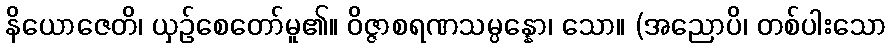
နိယောဇေတိ၊ ယှဉ်စေတော်မူ၏။ ဝိဇ္ဇာစရဏသမ္ပန္နော၊ သော။ (အညောပိ၊ တစ်ပါးသော